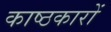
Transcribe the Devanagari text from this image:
काष्ठकारों